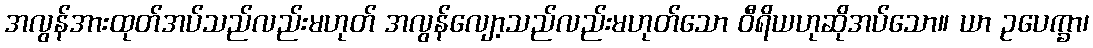
အလွန်အားထုတ်အပ်သည်လည်းမဟုတ် အလွန်လျော့သည်လည်းမဟုတ်သော ဝီရိယဟုဆိုအပ်သော။ ယာ ဥပေက္ခာ၊